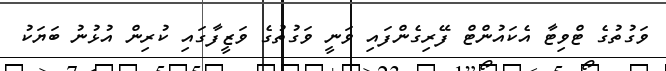
ވަގުތުގެ ޓްވިޓާ އެކައުންޓް ފޭރިގެންފައި ވަނީ ވަގުތުގެ ވަޒީފާގައި ކުރިން އުޅުނު ބަޔަކު